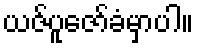
ယဇ်ပူဇော်ခံမှာပါ။